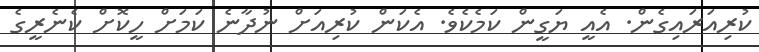
ކުރިއަރައިގެން. އެއީ ޔަގީން ކަމެކެވެ. އެކަން ކުރިއަށް ނުދާނެ ކަމަށް ހީކޮށް ކެނެރީގެ